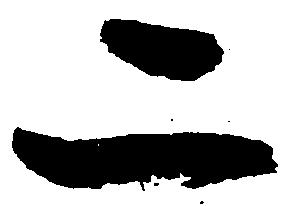
二